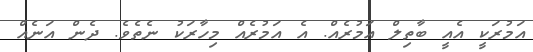
އަމުރަކީ އެއީ ބާތިލް އަމުރެއް. އެ އަމުރެއް މިހާރަކު ނެތެވެ. ދެން އަނެއް